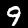
Label: 9